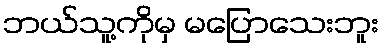
ဘယ်သူ့ကိုမှ မပြောသေးဘူး